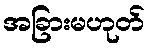
အခြားမဟုတ်